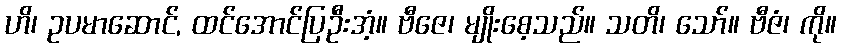
ဟိ၊ ဥပမာဆောင်, ထင်အောင်ပြဦးအံ့။ ဗီဇေ၊ မျိုးစေ့သည်။ သတိ၊ သော်။ ဗီဇံ၊ ကို။